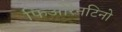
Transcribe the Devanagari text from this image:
फिओरेनटिनो